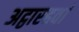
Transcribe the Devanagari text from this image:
अट्ठारहवां